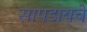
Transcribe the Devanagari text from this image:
सापडायचे